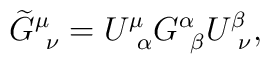
\widetilde{G}_{\ \nu }^\mu =U_{\ \alpha }^\mu G_{\ \beta }^\alpha U_{\ \nu}^\beta ,